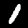
Label: 1